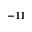
- 1 1